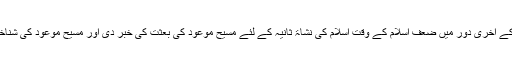
ہمارے آقاومولیٰ حضرت محمد مصطفی ﷺ نے اسلام کے آخری دور میں ضعفِ اسلام کے وقت اسلام کی نشاۃِ ثانیہ کے لئے مسیح موعودؑ کی بعثت کی خبر دی اور مسیح موعود کی شناخت اور پہچان کے لئے بھی قدم قدم پر رہنمائی فرمائی۔